Scottish Leaving Certificate Examination, 1960
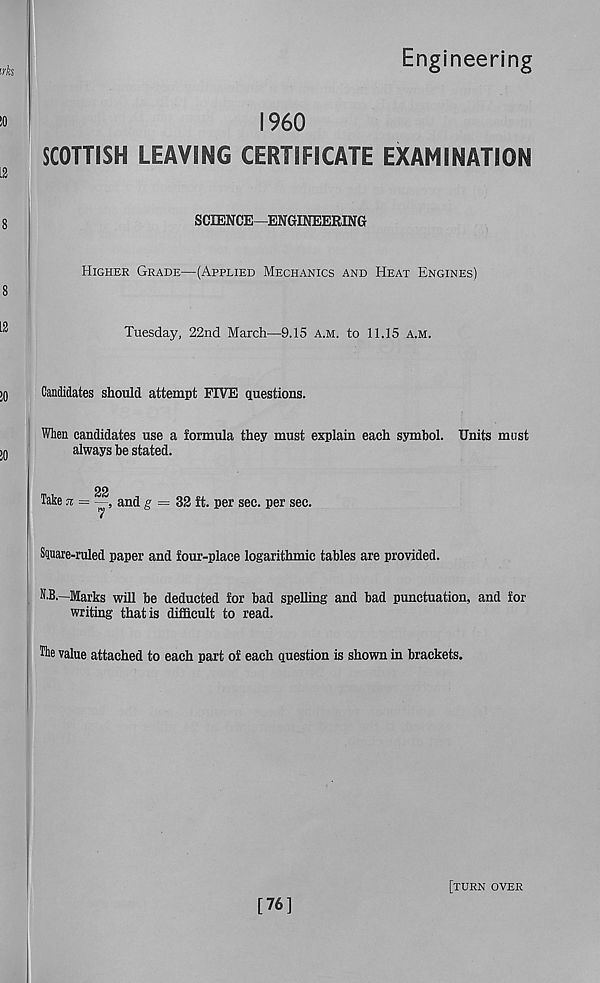
Engineering
I960
SCOTTISH LEAVING CERTIFICATE EXAMINATION
SCIENCE—ENGINEERING
Higher Grade—(Applied Mechanics and Heat Engines)
Tuesday, 22nd March—9.15 A.M. to 11.15 a.m.
Candidates should attempt FIVE questions.
When candidates use a formula they must explain each symbol. Units must
always be stated.
22
Take n = —, and g = 32 ft. per sec. per sec.
1
Square-ruled paper and four-place logarithmic tables are provided.
N.B.—Marks will be deducted for bad spelling and bad punctuation, and for
writing that is difficult to read.
The value attached to each part of each question is shown in brackets.
[76]
[turn over